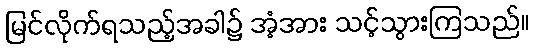
မြင်လိုက်ရသည့်အခါ၌ အံ့အား သင့်သွားကြသည်။